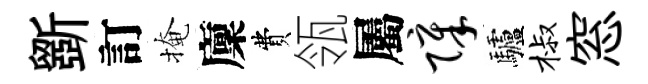
斵訂掩廩費瓴屬障驢椒窓